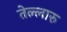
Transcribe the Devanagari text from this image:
तेल्लारु